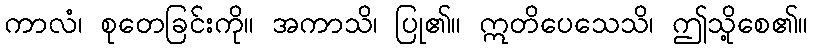
ကာလံ၊ စုတေခြင်းကို။ အကာသိ၊ ပြု၏။ ဣတိပေသေသိ၊ ဤသို့စေ၏။